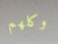
وكلهم